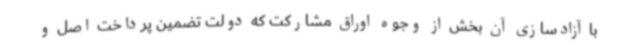
با آزادسازی آن بخش از وجوه اوراق مشارکت که دولت تضمین پرداخت اصل و